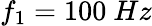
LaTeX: f_{1}=100~Hz